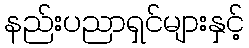
နည်းပညာရှင်များနှင့်